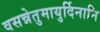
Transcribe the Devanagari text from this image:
वसन्नेतुमायुर्दिनानि